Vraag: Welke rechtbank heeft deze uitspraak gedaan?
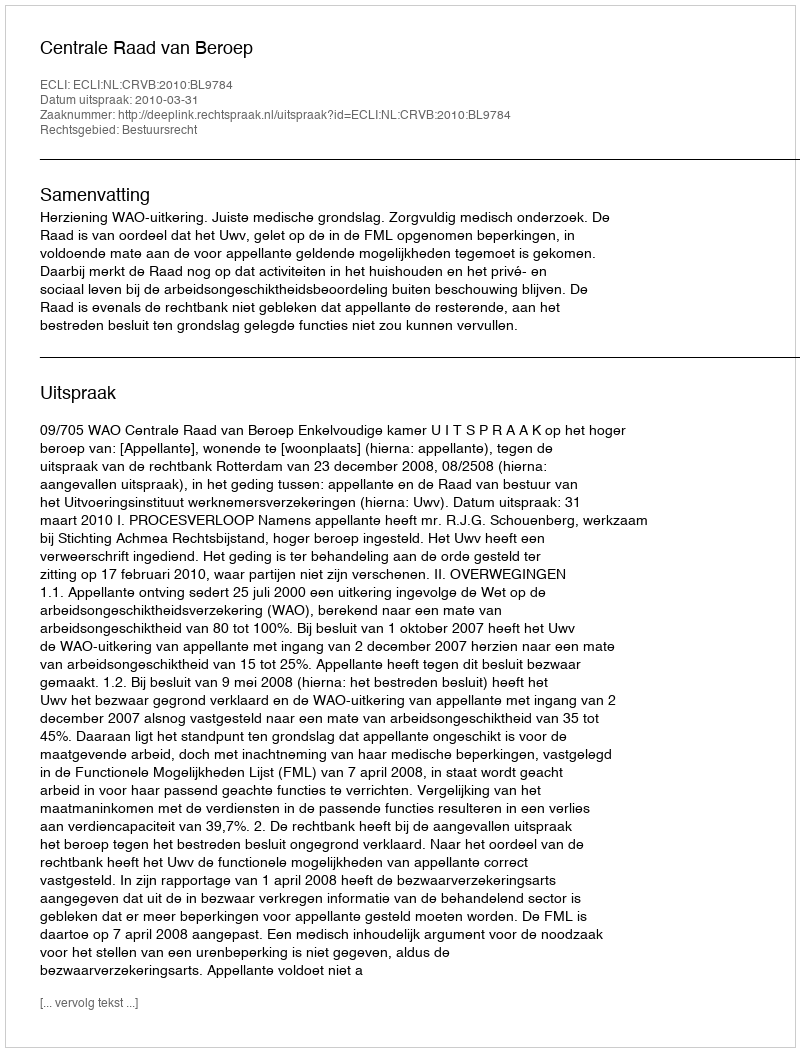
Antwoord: Centrale Raad van Beroep